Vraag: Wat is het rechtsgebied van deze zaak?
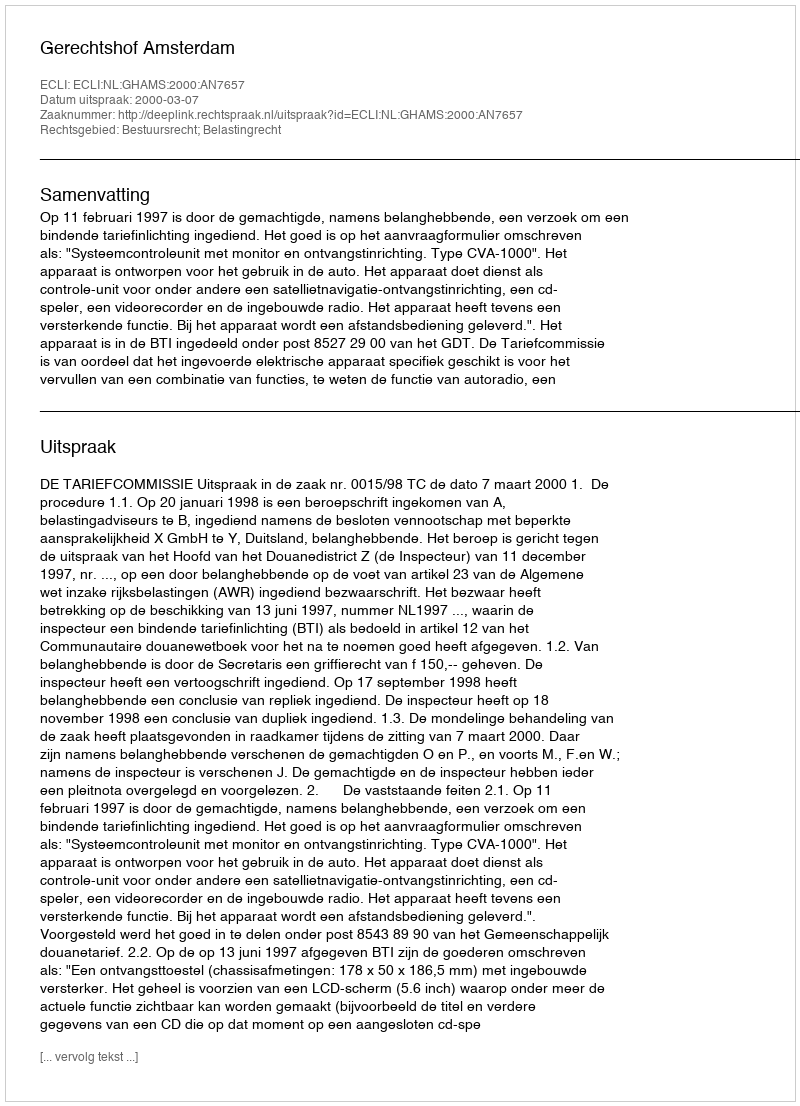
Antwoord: Bestuursrecht; Belastingrecht